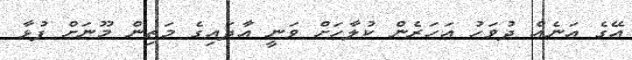
އޭގެ އަނެއް ދުވަހު އަހަރެން ކުލާހަށް ވަނީ އާދައިގެ މަތިން މޫނަށް ފުޅާ